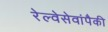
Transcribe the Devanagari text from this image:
रेल्वेसेवांपैकी